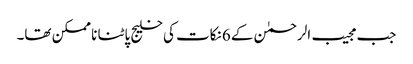
جب مجیب الرحمٰن کے 6نکات کی خلیج پاٹنا نا ممکن تھا۔